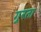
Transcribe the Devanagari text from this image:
गुरता